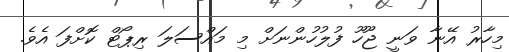
މިހާރު އޭނާ ވަނީ ޖޫހޫ ފުލުހުންނަށް މި މައްސަލަ ރިޕޯޓް ކޮށްފަ އެވެ.